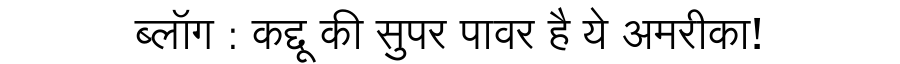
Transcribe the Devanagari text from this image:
ब्लॉग : कद्दू की सुपर पावर है ये अमरीका!